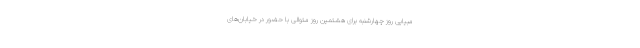
مبیایی روز چهارشنبه برای هشتمین روز متوالی با حضور در خیابان‌های